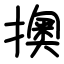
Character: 擙